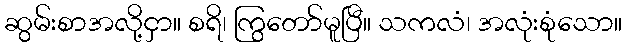
ဆွမ်းစာအလို့ငှာ။ စရိ၊ ကြွတော်မူပြီ။ သကလံ၊ အလုံးစုံသော။